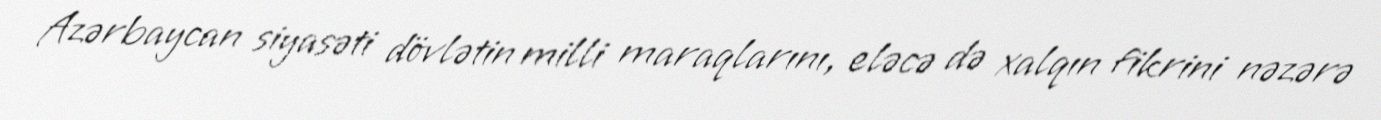
Azərbaycan siyasəti dövlətin milli maraqlarını, eləcə də xalqın fikrini nəzərə